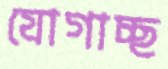
যোগাচ্ছ